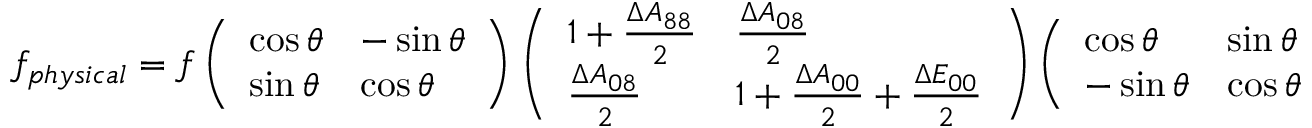
f _ { p h y s i c a l } = f \left( \begin{array} { l l } { { \cos \theta } } & { { - \sin \theta } } \\ { { \sin \theta } } & { { \cos \theta } } \end{array} \right) \left( \begin{array} { l l } { { 1 + { \frac { \Delta A _ { 8 8 } } { 2 } } } } & { { { \frac { \Delta A _ { 0 8 } } { 2 } } } } \\ { { { \frac { \Delta A _ { 0 8 } } { 2 } } } } & { { 1 + { \frac { \Delta A _ { 0 0 } } { 2 } } + { \frac { \Delta E _ { 0 0 } } { 2 } } } } \end{array} \right) \left( \begin{array} { l l } { { \cos \theta } } & { { \sin \theta } } \\ { { - \sin \theta } } & { { \cos \theta } } \end{array} \right) \ .